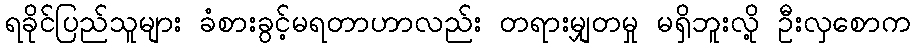
ရခိုင်ပြည်သူများ ခံစားခွင့်မရတာဟာလည်း တရားမျှတမှု မရှိဘူးလို့ ဦးလှစောက